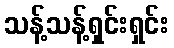
သန့်သန့်ရှင်းရှင်း